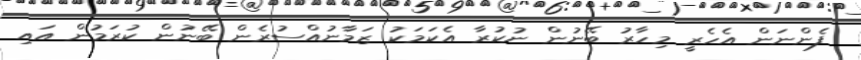
ފެންނަން އެހެރީ މިހާރު ބޭނުން ނުކުރާ އެކަމަކު ޒަމާނުއްސުރެން ބޭނުން ކުރަމުން އައި